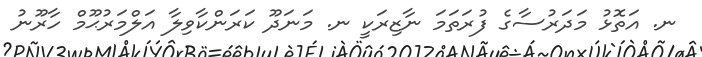
ނ. އަތޮޅު މަދަރުސާގެ ފުރަތަމަ ނާޒިރަކީ ނ. މަނަދޫ ކަރަންކާވިލާ އަލްމަރުޙޫމް ހާރޫނު